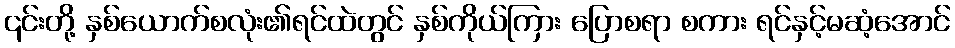
၎င်းတို့ နှစ်ယောက်စလုံး၏ရင်ထဲတွင် နှစ်ကိုယ်ကြား ပြောစရာ စကား ရင်နှင့်မဆံ့အောင်